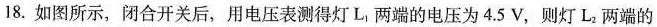
18.如图所示，闭合开关后，用电压表测得L_{1}两端的电压为4.5V，则灯L_{2} 两端的